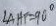
\angle A H F = 9 0 ^ { \circ }